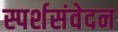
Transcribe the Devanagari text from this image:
स्पर्शसंवेदन